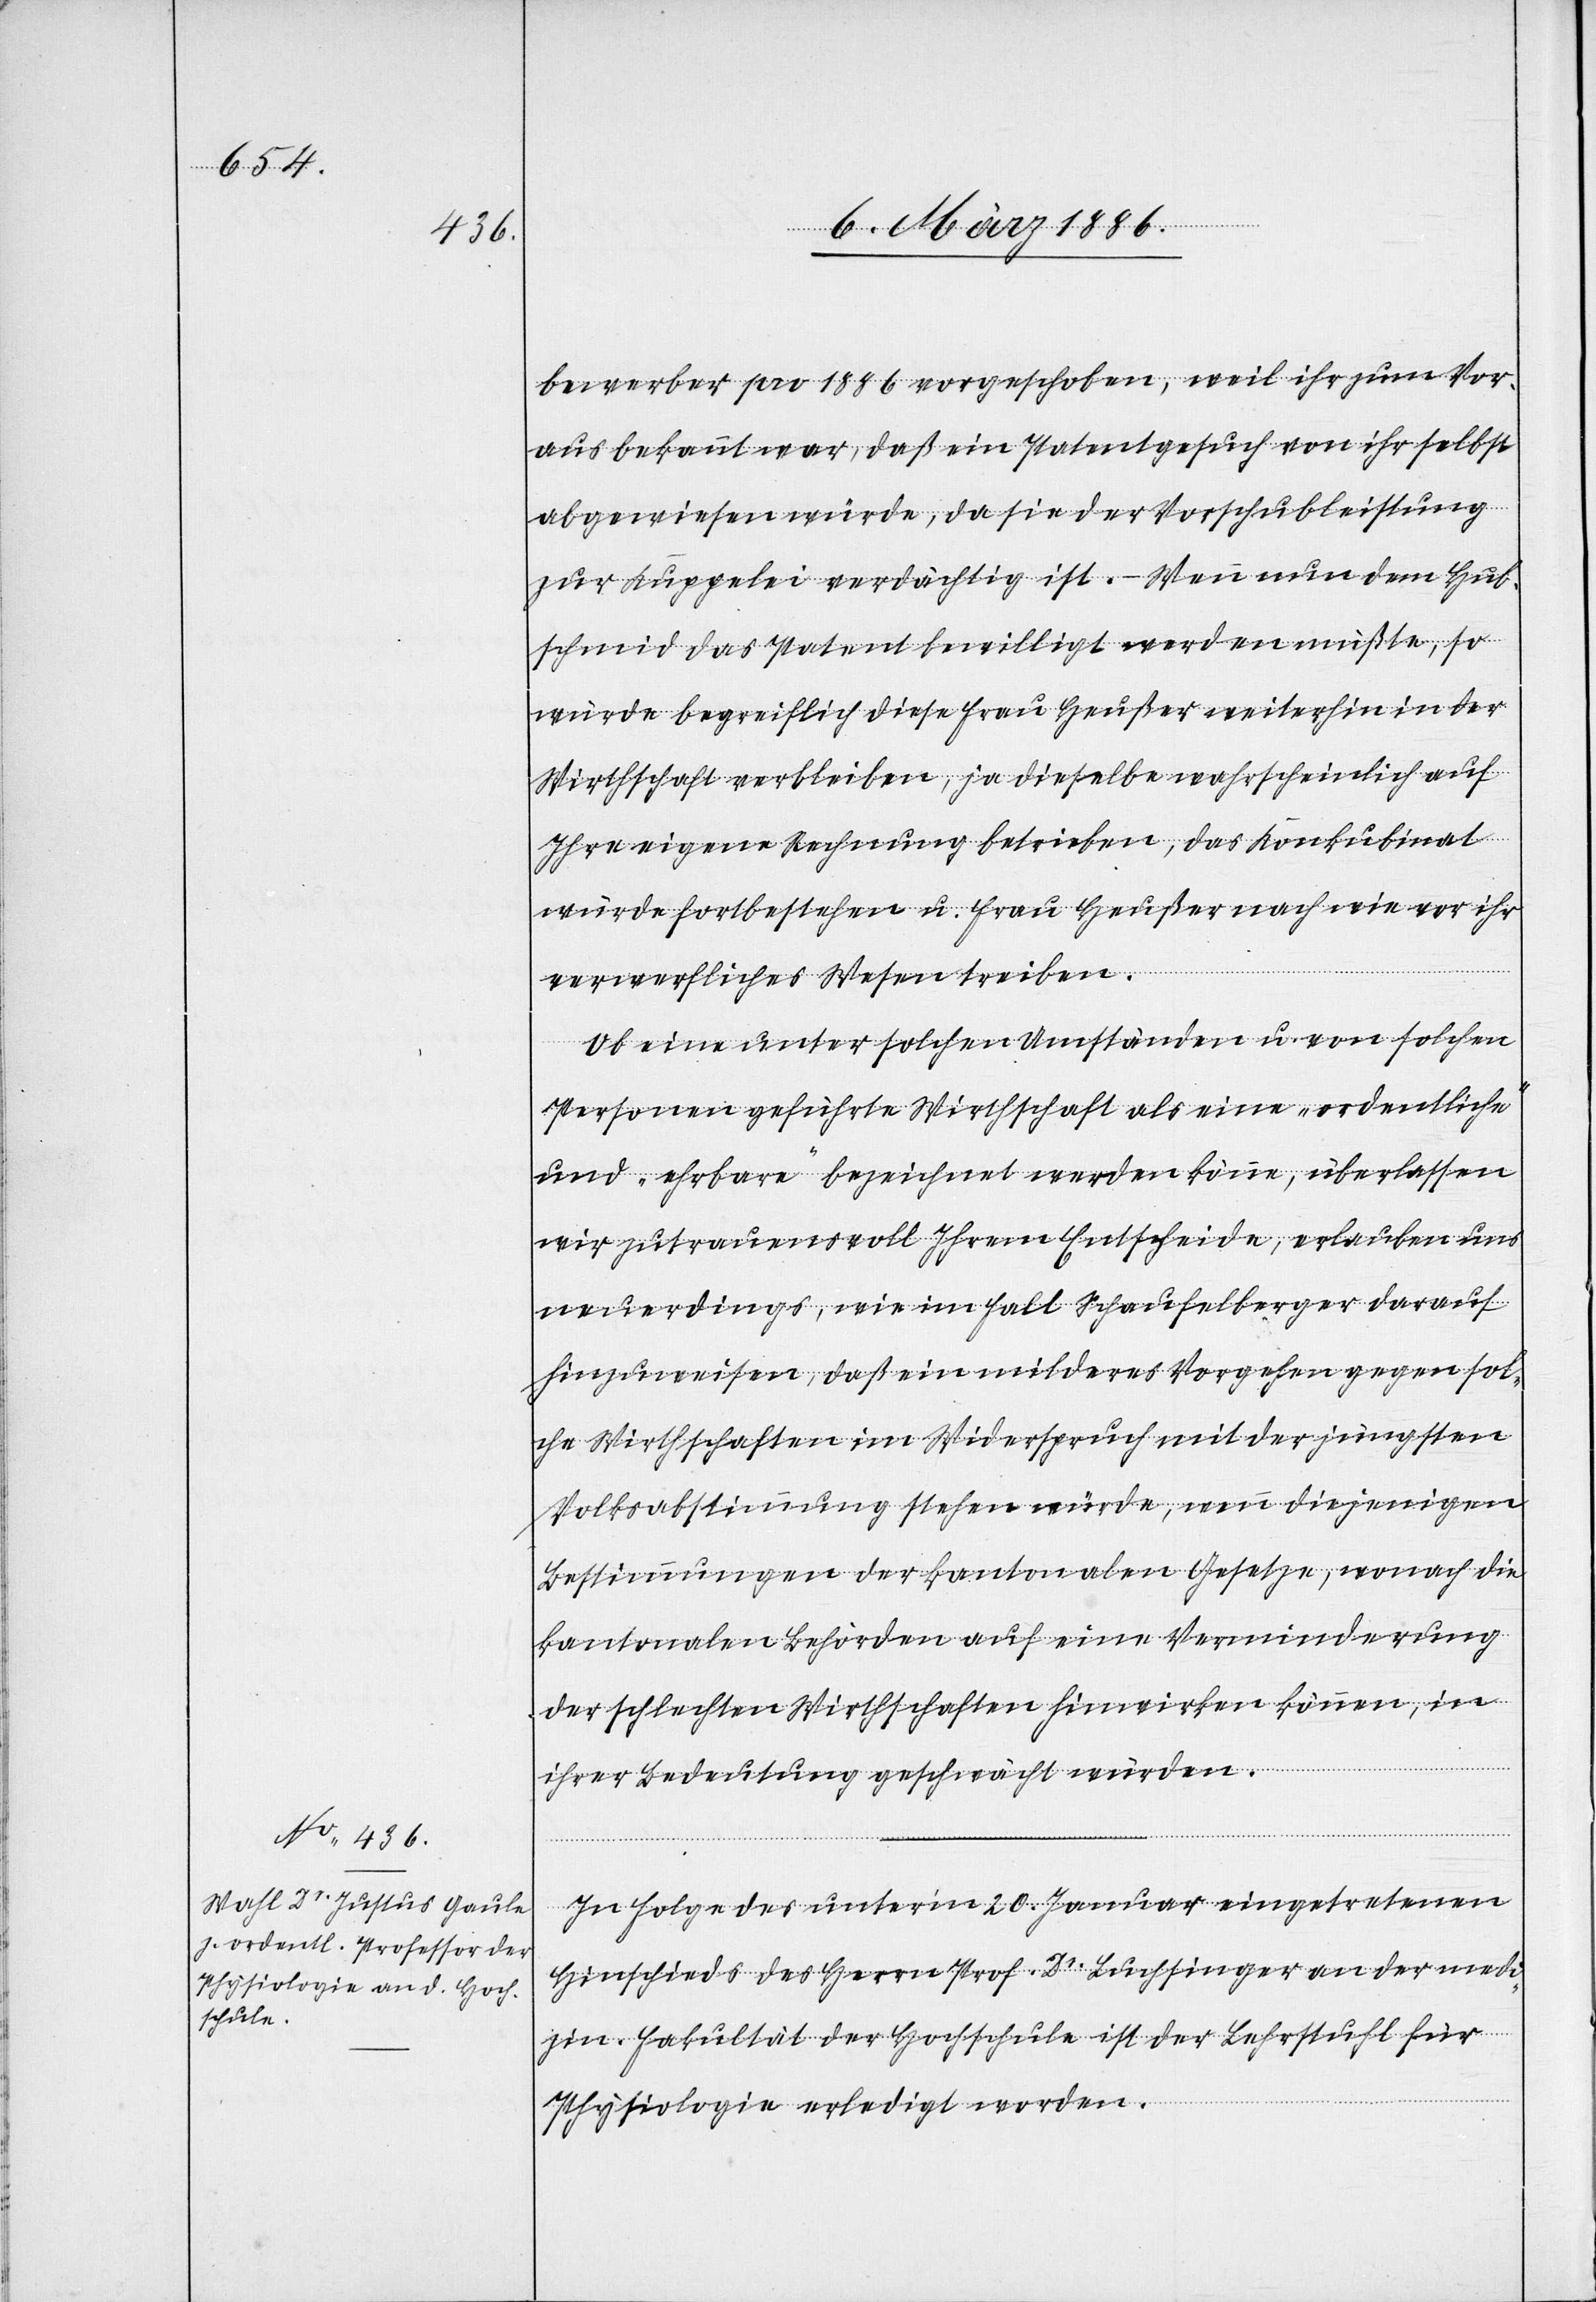
bewerber pro 1886 vorgeschoben, weil ihr zum Vor¬
aus bekannt war, daß ein Patentgesuch von ihr selbst
abgewiesen würde, da sie der Vorschubleistung
zur Kuppelei verdächtig ist. – Wenn nun dem Hub¬
schmid das Patent bewilligt werden müßte, so
würde begreiflich diese Frau Heußer weiterhin in der
Wirthschaft verbleiben, ja dieselbe wahrscheinlich auf
Ihre eigene Rechnung betreiben, das Konkubinat
würde fortbestehen u. Frau Heußer nach wie vor ihr
verwerfliches Wesen treiben.
Ob eine unter solchen Umständen u. von solchen
Personen geführte Wirtschaft als eine „ordentliche“
und „ehrbare“ bezeichnet werden könne, überlassen
wir zutrauensvoll Ihrem Entscheide, erlauben uns
neuerdings, wie im Fall Schaufelberger darauf
hinzuweisen, daß ein milderes Vorgehen gegen sol¬
che Wirthschaften im Widerspruch mit der jüngsten
Volksabstimmung stehen würde, wenn diejenigen
Bestimmungen der kantonalen Gesetze, wonach die
kantonalen Behörden auf eine Verminderung
der schlechten Wirthschaften hinwirken können, in
ihrer Bedeutung geschwächt würden.
In Folge des unter’m 20. Januar eingetretenen
Hinschieds des Herrn Prof. Dr. Buchinger an der medi¬
zin. Fakultät der Hochschule ist der Lehrstuhl für
Physiologie erledigt worden.